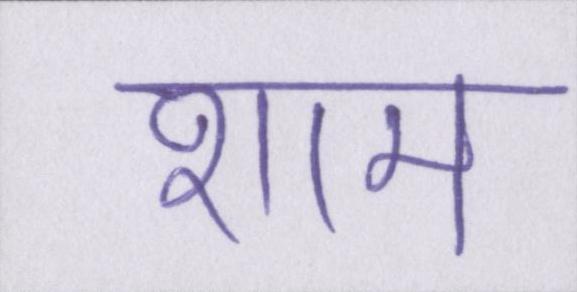
शाम